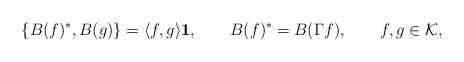
LaTeX: \begin{align*}\{ B(f)^*,B(g) \} = \langle f,g \rangle {\bf 1},\qquad B(f)^* = B(\Gamma f), \qquad f,g\in{\cal K},\end{align*}